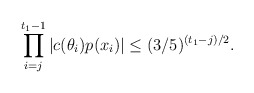
\begin{align*}\prod \limits_{i=j}^{t_1 - 1} |c(\theta_i)p(x_i)| \leq (3/5)^{(t_1 - j)/2}.\end{align*}